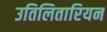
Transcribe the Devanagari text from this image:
उतिलितारियन